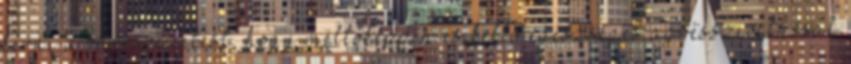
kérni a városvezetést, hogy méltóképpen és kellő egészséges agresszivitással